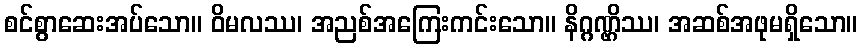
စင်စွာဆေးအပ်သော။ ဝိမလဿ၊ အညစ်အကြေးကင်းသော။ နိဂ္ဂဏ္ဌိဿ၊ အဆစ်အဖုမရှိသော။